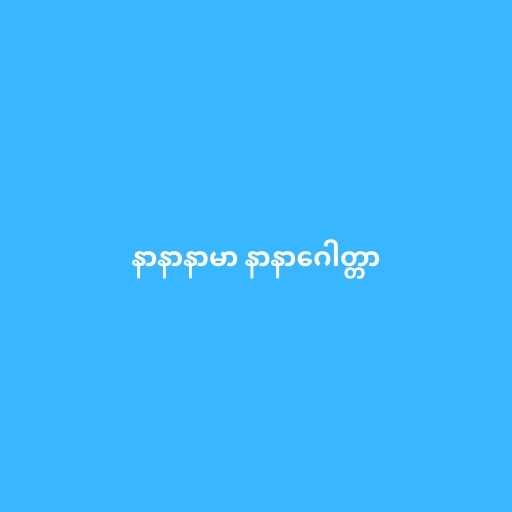
နာနာနာမာ နာနာဂေါတ္တာ